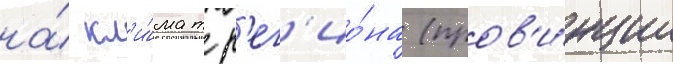
на́ кл'и́мат р'ег'ио́на (пров'и́нции